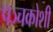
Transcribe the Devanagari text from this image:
पञ्चकोशी